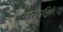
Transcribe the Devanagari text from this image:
बर्माचे